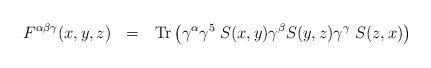
LaTeX: \begin{align*}F^{\alpha \beta \gamma} (x,y,z) \ \ = \ \ {\rm Tr} \left(\gamma^\alpha \gamma^5 \; S(x,y) \gamma^\beta S(y,z) \gamma^\gamma \; S(z,x) \right)\end{align*}